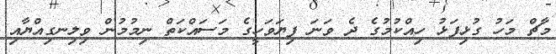
މާޗް މަހު ގުޅިފަޅު ހިއްކުމުގެ ދެ ވަނަ ފިޔަވަހީގެ މަސައްކަތް ނިމުމުން ވިލިނގިއްޔާއި